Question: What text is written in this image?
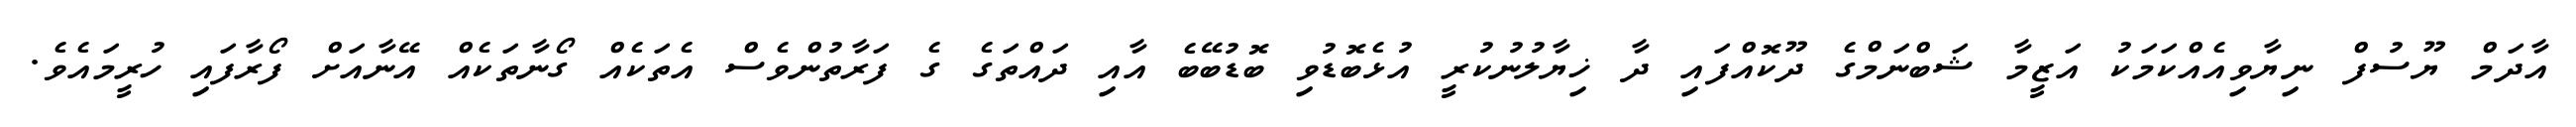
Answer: އާދަމް ޔޫސުފް ނިޔާވިއެއްކަމަކު އަޒީމާ ޝަބްނަމްގެ ދޫކޮއްފައި ދާ ޚިޔާލުނުކުރީ އުޅެބޮޑުވި ބޮޑުބޭބެ އާއި ދައްތަގެ ގެ ފަރާތުންވެސް އެތަކެއް ގޯނާތަކެއް އޭނާއަށް ފޯރާފައި ހުރީމައެވެ.